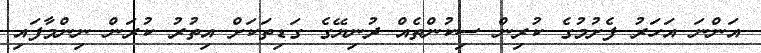
އަންނަ އަހަރު ފެށުމުގެ ކުރިން ސިކުންތެއް ދުނިޔޭގެ ގަޑިތަކަށް އިތުރު ކުރަން ނިންމާފައި